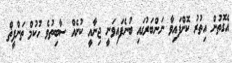
އެގޮތުން އިތުރު ކޮށްފައިވާ ނަންބަރުގައި ބުނެފައިވަނީ ޖިނާއީ ކުށެއް ސާބިތުވެ ހުކުމް ތަންފީޡް